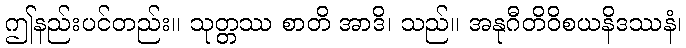
ဤနည်းပင်တည်း။ သုတ္တဿ စာတိ အာဒိ၊ သည်။ အနုဂီတိဝိစယနိဒဿနံ၊